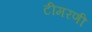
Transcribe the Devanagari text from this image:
टीमरणी